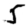
Digit: 5